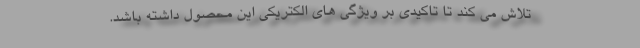
تلاش می کند تا تاکیدی بر ویژگی های الکتریکی این محصول داشته باشد.